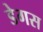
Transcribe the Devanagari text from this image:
डेगस